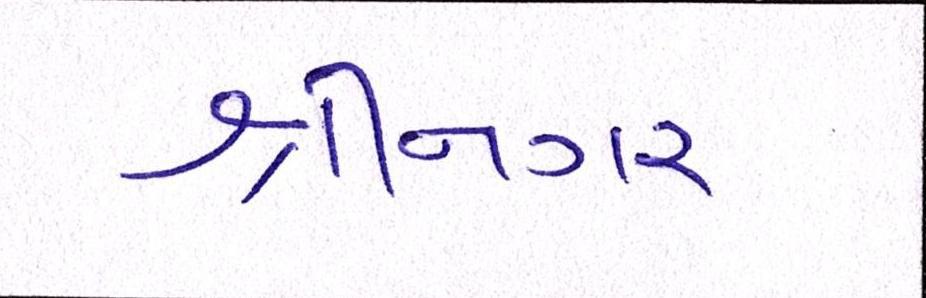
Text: શ્રીનગર